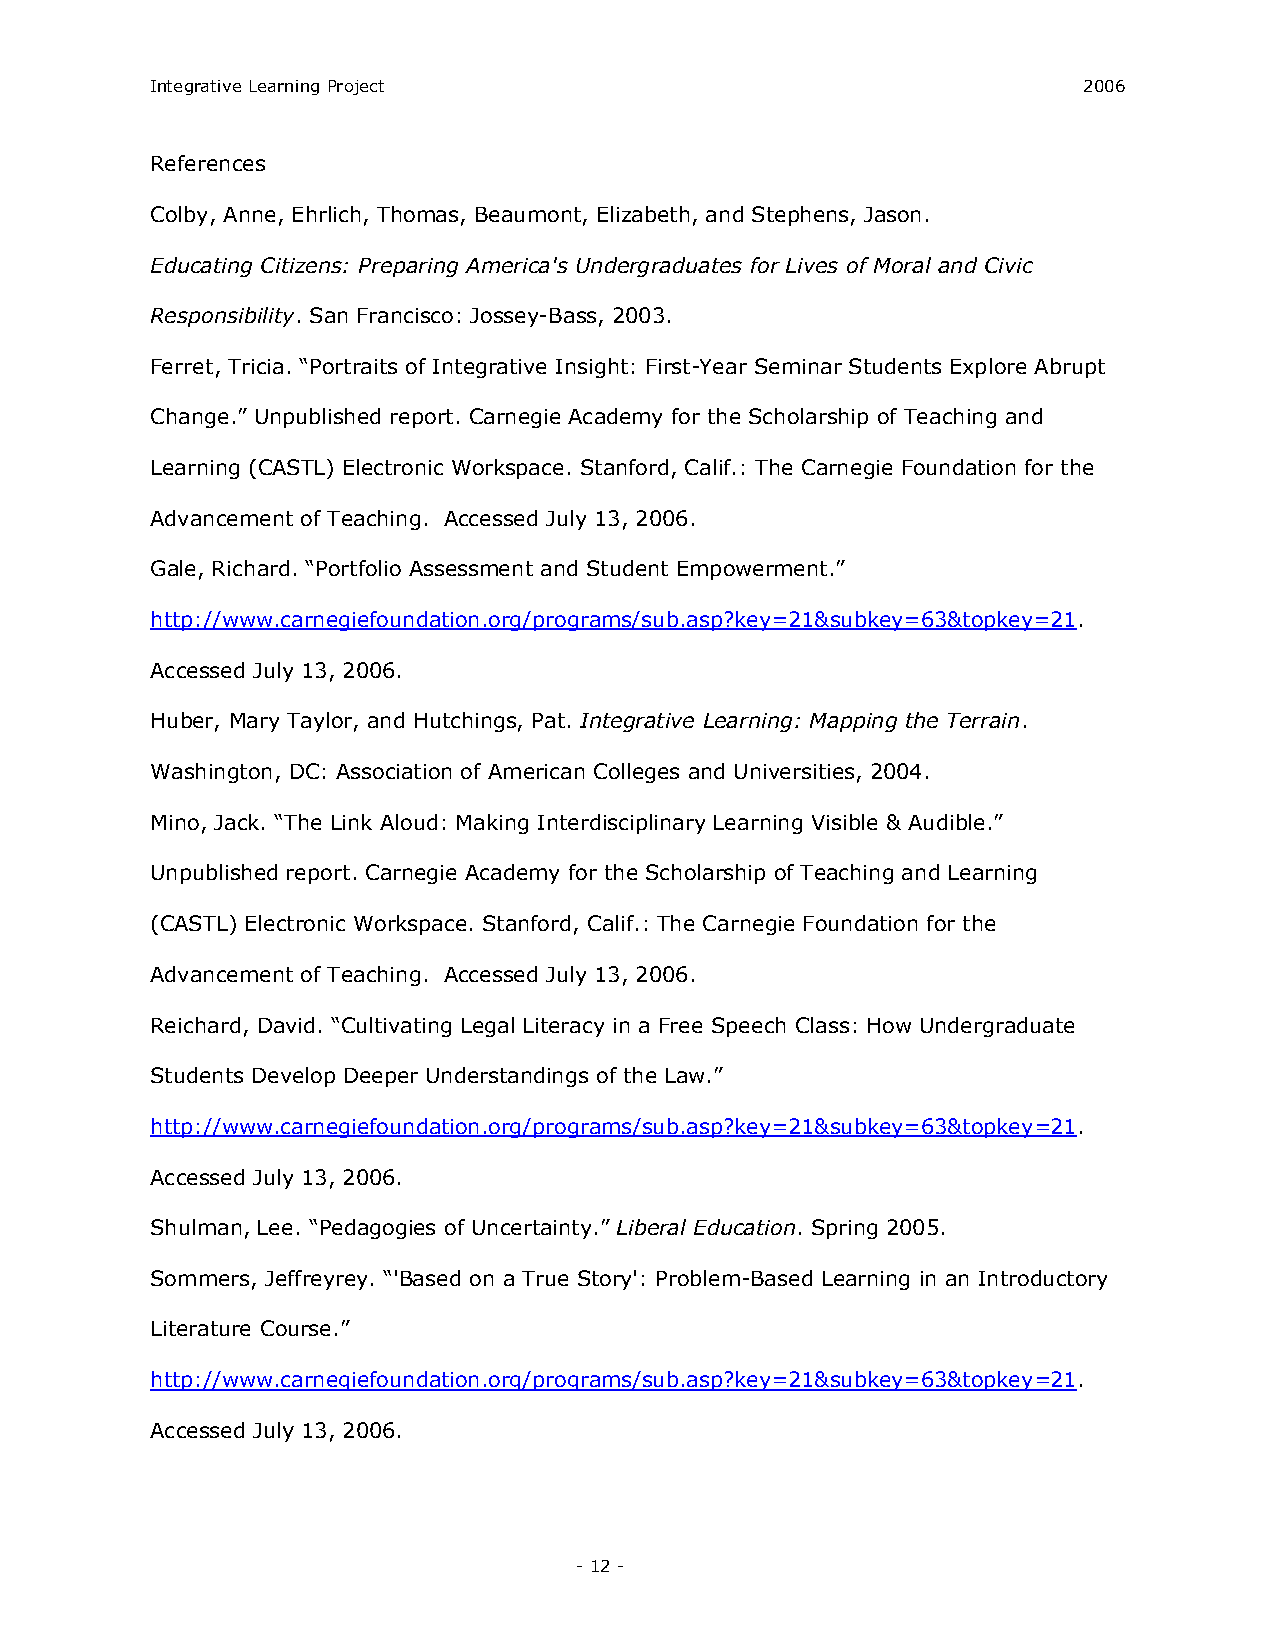
Integrative Learning Project                                  2006
 References
 Colby, Anne, Ehrlich, Thomas, Beaumont, Elizabeth, and Stephens, Jason.
 Educating Citizens: Preparing America's Undergraduates for Lives of Moral and Civic
 Responsibility. San Francisco: Jossey­Bass, 2003.
 Ferret, Tricia. “Portraits of Integrative Insight: First­Year Seminar Students Explore Abrupt
 Change.” Unpublished report. Carnegie Academy for the Scholarship of Teaching and
 Learning (CASTL) Electronic Workspace. Stanford, Calif.: The Carnegie Foundation for the
 Advancement of Teaching. Accessed July 13, 2006.
 Gale, Richard. “Portfolio Assessment and Student Empowerment.”
 http://www.carnegiefoundation.org/programs/sub.asp?key=21&subkey=63&topkey=21.
 Accessed July 13, 2006.
 Huber, Mary Taylor, and Hutchings, Pat. Integrative Learning: Mapping the Terrain.
 Washington, DC: Association of American Colleges and Universities, 2004.
 Mino, Jack. “The Link Aloud: Making Interdisciplinary Learning Visible & Audible.”
 Unpublished report. Carnegie Academy for the Scholarship of Teaching and Learning
 (CASTL) Electronic Workspace. Stanford, Calif.: The Carnegie Foundation for the
 Advancement of Teaching. Accessed July 13, 2006.
 Reichard, David. “Cultivating Legal Literacy in a Free Speech Class: How Undergraduate
 Students Develop Deeper Understandings of the Law.”
 http://www.carnegiefoundation.org/programs/sub.asp?key=21&subkey=63&topkey=21.
 Accessed July 13, 2006.
 Shulman, Lee. “Pedagogies of Uncertainty.” Liberal Education. Spring 2005.
 Sommers, Jeffreyrey. “'Based on a True Story': Problem­Based Learning in an Introductory
 Literature Course.”
 http://www.carnegiefoundation.org/programs/sub.asp?key=21&subkey=63&topkey=21.
 Accessed July 13, 2006.
 ­ 12 ­